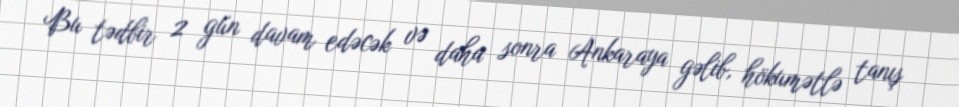
Bu tədbir 2 gün davam edəcək və daha sonra Ankaraya gəlib, hökumətlə tanış